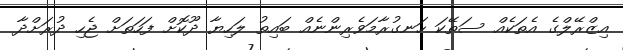
އިޒްރޭލްގެ އެތަކެއް ސަތޭކަ ހަނގުރާމަވެރިންނެއް ބައިތު ލަހިޔާ ދޫކޮށް ފަހަތަށް ޖެހި ދުރަށްދާ